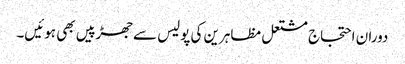
دوران احتجاج مشتعل مظاہرین کی پولیس سے جھڑپیں بھی ہوئیں۔